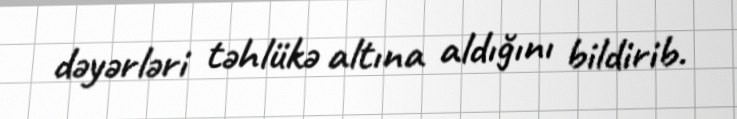
dəyərləri təhlükə altına aldığını bildirib.